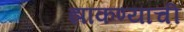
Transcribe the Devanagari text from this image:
झाकण्याची